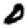
Digit: 0